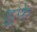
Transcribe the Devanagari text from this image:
डूफे